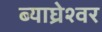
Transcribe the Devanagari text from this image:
ब्याघ्रेश्वर